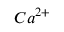
C a ^ { 2 + }